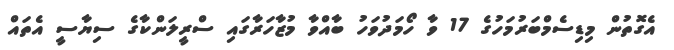
އެގޮތުން މިޑިސެމްބަރުމަހުގެ 17 ވާ ހޯމަދުވަހު ބާއްވާ މުޒާހަރާގައި ސްރީލަންކާގެ ސިޔާސީ އެތައް